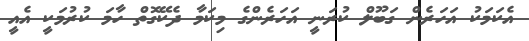
އެކަމަކު އަހަރެން ގަބޫލް ކުރަނީ އަހަރެންގެ މިކަމާ ދެކޭގޮތް ހާމަ ކުރުމަކީ އެއީ